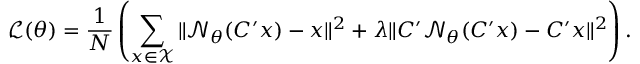
\mathcal { L } ( \theta ) = \frac { 1 } { N } \left( \sum _ { x \in \mathcal { X } } \| \mathcal { N } _ { \theta } ( C ^ { \prime } x ) - x \| ^ { 2 } + \lambda \| C ^ { \prime } \mathcal { N } _ { \theta } ( C ^ { \prime } x ) - C ^ { \prime } x \| ^ { 2 } \right) .